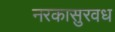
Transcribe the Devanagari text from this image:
नरकासुरवध